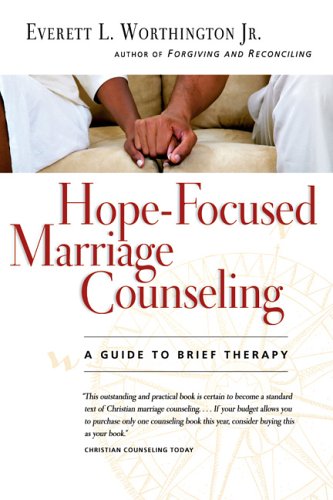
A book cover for Hope-Focused Marriage Counseling: A Guide to Brief Therapy; Everett L. Worthington Jr.; Christian Books & Bibles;